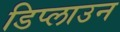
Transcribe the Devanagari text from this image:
डिप्लाउन